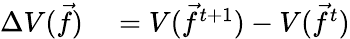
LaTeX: \begin{array}{rl}{\Delta V(\vec{f})}&{{}=V(\vec{f}^{t+1})-V(\vec{f}^{t})}\end{array}